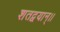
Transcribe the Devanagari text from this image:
शतद्वयान्।।